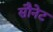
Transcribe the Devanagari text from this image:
सौनेट